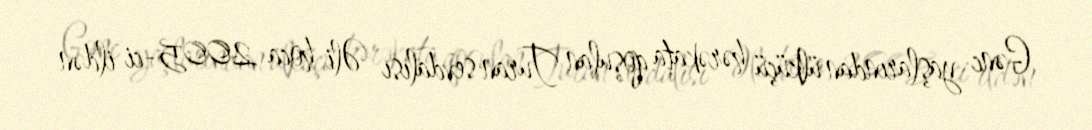
Gənc yaşlarından ülküçü hərəkata qoşulan Turan sevdalısı Əli hoca 2005-ci ildən